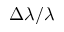
\Delta \lambda / \lambda